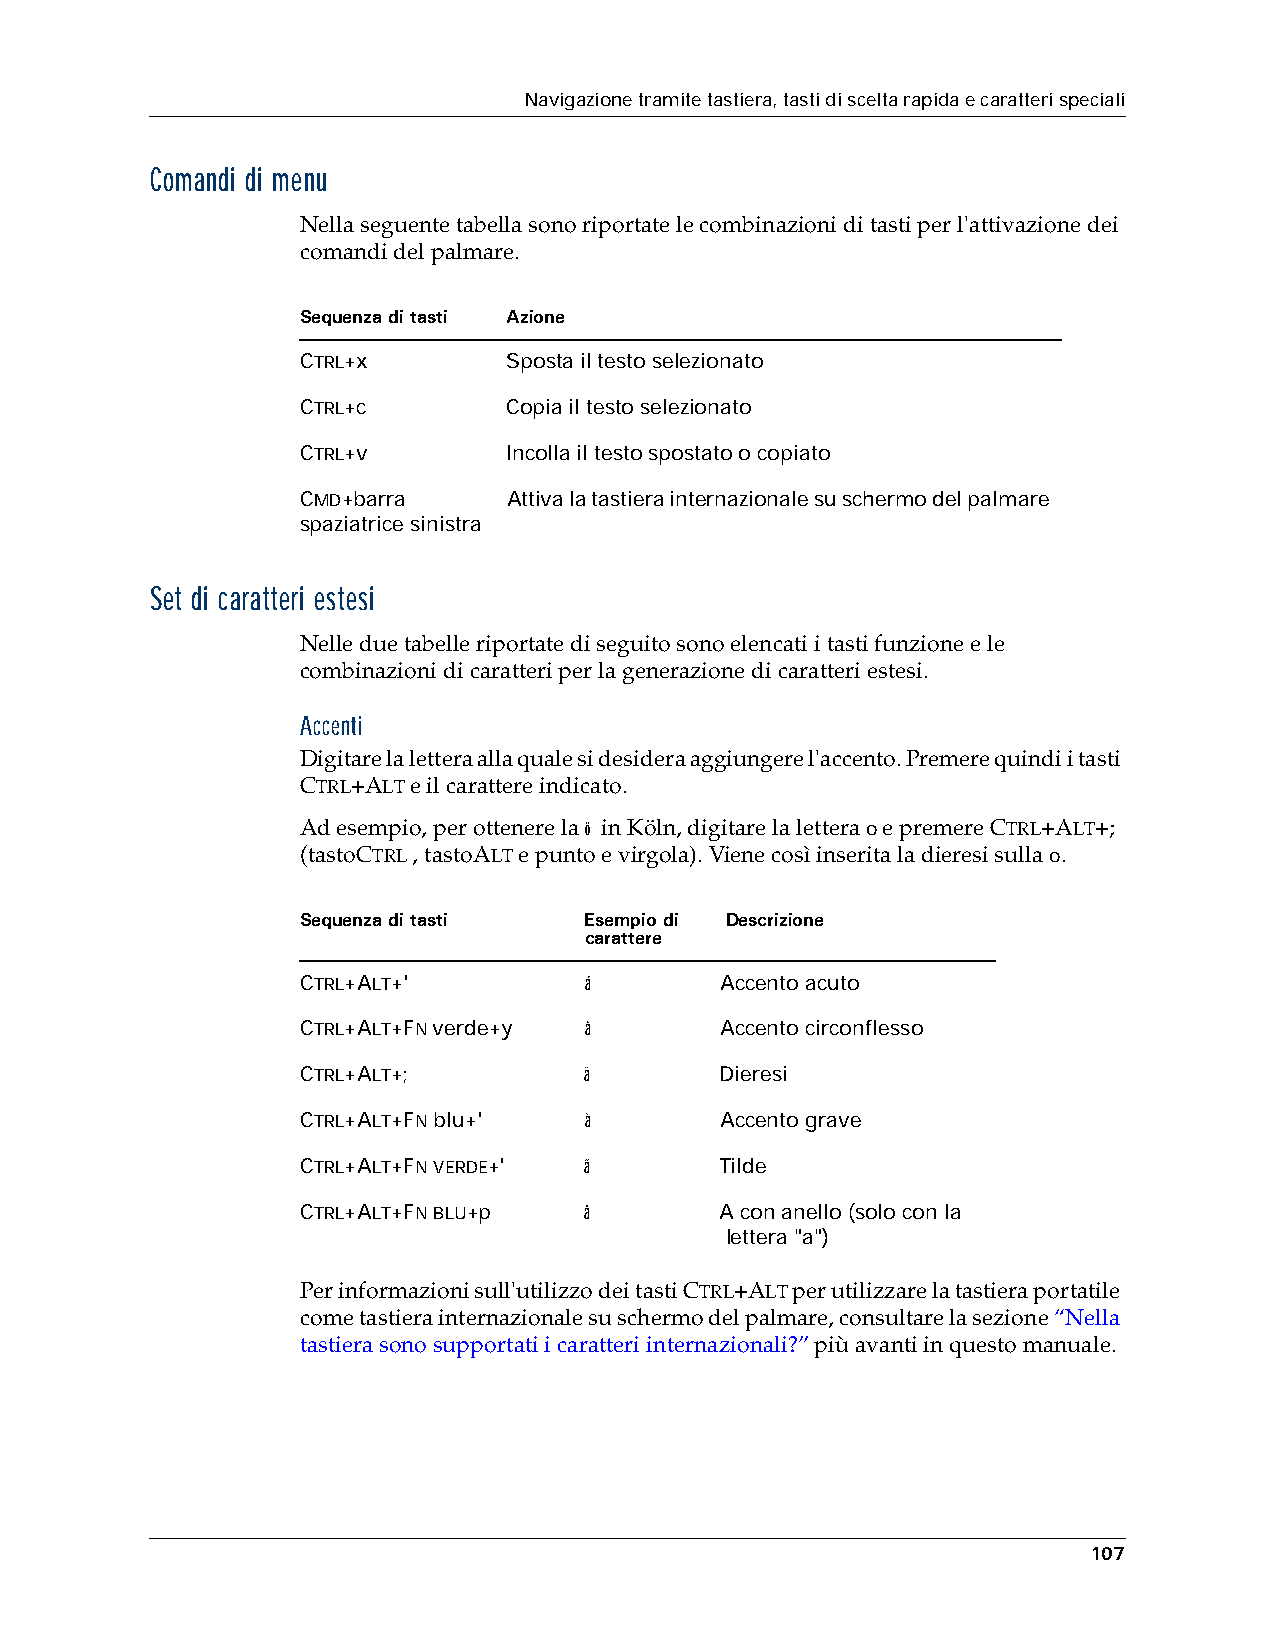
Navigazione tramite tastiera, tasti di scelta rapida e caratteri speciali
 Comandi di menu
 Nella seguente tabella sono riportate le combinazioni di tasti per l'attivazione dei
 comandi del palmare.
 Sequenza di tasti Azione
 CTRL+x        Sposta il testo selezionato
 CTRL+c        Copia il testo selezionato
 CTRL+v        Incolla il testo spostato o copiato
 CMD+barra     Attiva la tastiera internazionale su schermo del palmare
 spaziatrice sinistra
 Set di caratteri estesi
 Nelle due tabelle riportate di seguito sono elencati i tasti funzione e le
 combinazioni di caratteri per la generazione di caratteri estesi.
 Accenti
 Digitare la lettera alla quale si desidera aggiungere l'accento. Premere quindi i tasti
 CTRL+ALT e il carattere indicato.
 Ad esempio, per ottenere la ö in Köln, digitare la lettera o e premere CTRL+ALT+;
 (tastoCTRL , tastoALT e punto e virgola). Viene così inserita la dieresi sulla o.
 Sequenza di tasti  Esempio di Descrizione
 carattere
 CTRL+ALT+'         á        Accento acuto
 CTRL+ALT+FN verde+y â       Accento circonflesso
 CTRL+ALT+;         ä        Dieresi
 CTRL+ALT+FN blu+'  à        Accento grave
 CTRL+ALT+FN VERDE+' ã       Tilde
 CTRL+ALT+FN BLU+p  å        A con anello (solo con la
 lettera "a")
 Per informazioni sull'utilizzo dei tasti CTRL+ALT per utilizzare la tastiera portatile
 come tastiera internazionale su schermo del palmare, consultare la sezione “Nella
 tastiera sono supportati i caratteri internazionali?” più avanti in questo manuale.
 107